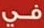
في